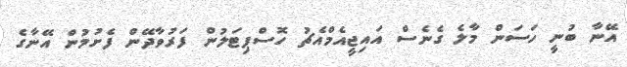
އޭނާ ބުނީ ހަސަން މާލެ ގެނެސް އައިޖީއެމްއެޗު ހޮސްޕިޓަލުން ފަރުވާދޭން ފެށުމުން އޭނާގެ